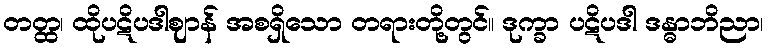
တတ္ထ၊ ထိုပဋိပဒါဈာန် အစရှိသော တရားတို့တွင်။ ဒုက္ခာ ပဋိပဒါ ဒန္ဓာဘိညာ၊